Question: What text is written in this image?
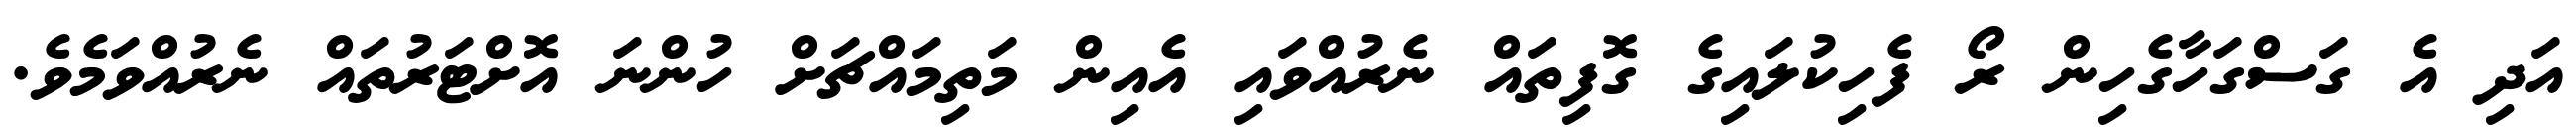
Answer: އަދި އެ ގަސްގަހާގެހިން ރޯ ފެހިކުލައިގެ ގޮފިތައް ނެރުއްވައި އެއިން މަތިމައްޗަށް ހުންނަ އޮށްޓަރުތައް ނެރުއްވަމެވެ.